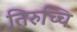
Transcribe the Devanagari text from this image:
तिरुच्चि